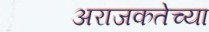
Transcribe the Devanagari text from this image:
अराजकतेच्या